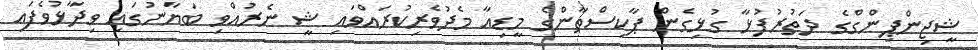
ޝީޖިންޕިންގްގެ ދަތުރުފުޅާ ގުޅިގެން ޕާކިސްތާންގެ މީޑިއާ މެދުވެރިކުރައްވައި ޝީ ނެރުއްވި ބަޔާނުގައި ވިދާޅުވެފައި